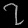
Digit: ၇